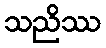
သညိဿ